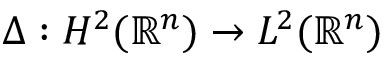
\Delta : H ^ { 2 } ( { \mathbb { R } } ^ { n } ) \to L ^ { 2 } ( { \mathbb { R } } ^ { n } )